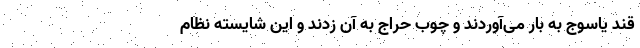
قند یاسوج به بار می‌آوردند و چوب حراج به آن زدند و این شایسته نظام